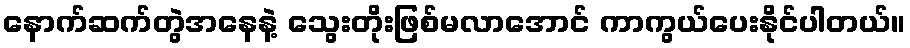
နောက်ဆက်တွဲအနေနဲ့ သွေးတိုးဖြစ်မလာအောင် ကာကွယ်ပေးနိုင်ပါတယ်။